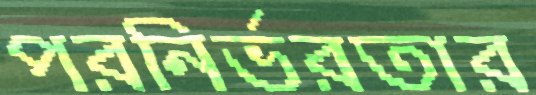
পরনির্ভরতার